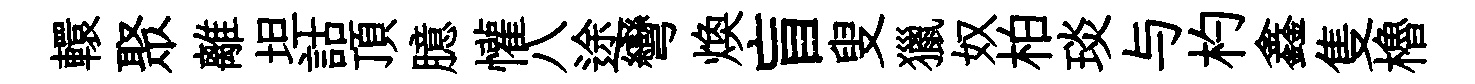
轘聚離坦詁頂臆懽八途彎焕盲叟獵奴柏琰与杓鑫隻櫓